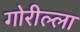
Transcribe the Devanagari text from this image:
गोरील्ला